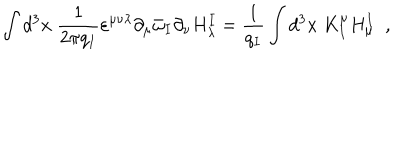
\int d ^ { 3 } x \; \frac { 1 } { 2 \pi q _ { I } } \varepsilon ^ { \mu \nu \lambda } \partial _ { \mu } \bar { \omega } _ { I } \partial _ { \nu } H _ { \lambda } ^ { I } = \frac { 1 } { q _ { I } } \int d ^ { 3 } x \; K _ { I } ^ { \mu } H _ { \mu } ^ { I } \; \; ,